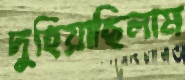
দুহিয়াছিলাম